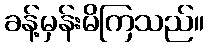
ခန့်မှန်းမိကြသည်။